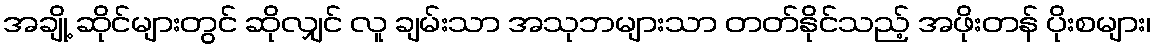
အချို့ ဆိုင်များတွင် ဆိုလျှင် လူ ချမ်းသာ အသုဘများသာ တတ်နိုင်သည့် အဖိုးတန် ပိုးစများ၊